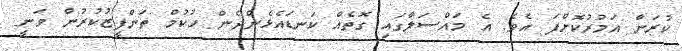
ކުރަން އަމުރުކޮށްފަ އެވެ. އެ މައްސަލާގައި ގޮތެއް ކަނޑައެޅެންދެން ހުކުމް ތަންފީޒުކުރުން ވަނީ